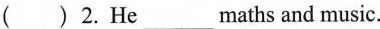
( )2.He___maths and music.